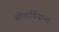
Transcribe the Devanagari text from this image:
सीवार्डियाना